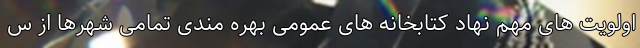
اولویت های مهم نهاد کتابخانه های عمومی بهره مندی تمامی شهرها از س